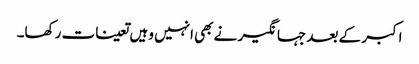
اکبر کے بعد جہانگیر نے بھی انہیں وہیں تعینات رکھا۔